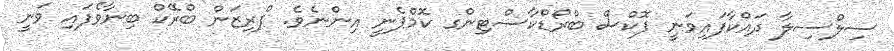
ސިލްސިލާ ދައްކާފައިވަނީ ފޮކްސް ބްރޯޑްކާސްޓިންގ ކޮމްޕެނީ އިންނެވެ. ޕްރިޒަން ބްރޭކް ބިނާވެފައި ވަނީ